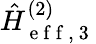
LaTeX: \hat{H}_{\mathrm{~e~f~f~,~3~}}^{(2)}